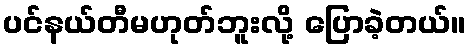
ပင်နယ်တီမဟုတ်ဘူးလို့ ပြောခဲ့တယ်။